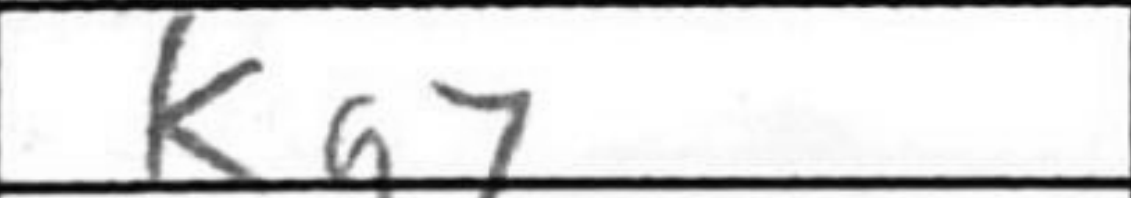
Transcription: Kg7